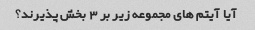
آیا آیتم های مجموعه زیر بر 3 بخش پذیرند؟